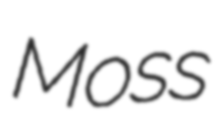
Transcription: Moss